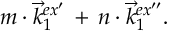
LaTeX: m \cdot \vec { k } _ { 1 } ^ { e x ^ { \prime } } \, + \, n \cdot \vec { k } _ { 1 } ^ { e x ^ { \prime \prime } } .